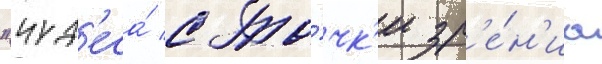
"чуд'еса́ с то́чк'и зр'е́н'иа